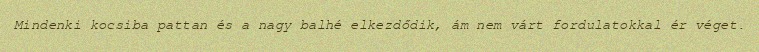
Mindenki kocsiba pattan és a nagy balhé elkezdődik, ám nem várt fordulatokkal ér véget.